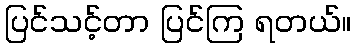
ပြင်သင့်တာ ပြင်ကြ ရတယ်။